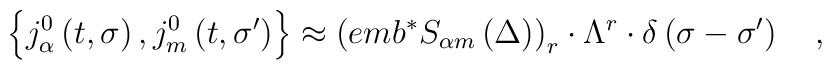
\left\{ j_\alpha ^0\left( t,\sigma \right) ,j_m^0\left( t,\sigma^{\prime }\right) \right\} \approx \left( emb^{*}S_{\alpha m}\left( \Delta\right) \right) _r\cdot \Lambda ^r\cdot \delta \left( \sigma -\sigma^{\prime }\right) \quad ,